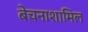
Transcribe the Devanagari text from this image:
बेचनाशामिल